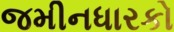
જમીનધારકો